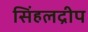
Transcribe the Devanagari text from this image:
सिंहलद्रीप